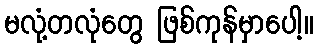
မလုံ့တလုံတွေ ဖြစ်ကုန်မှာပေါ့။